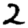
Digit: 2